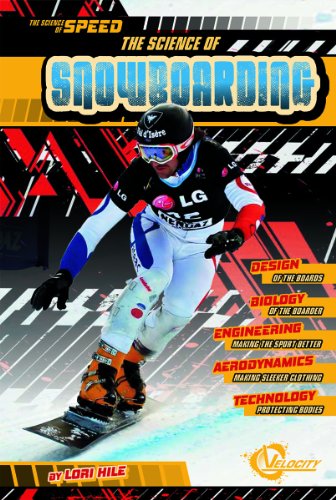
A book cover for The Science of Snowboarding (The Science of Speed); Lori Hile; Sports & Outdoors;